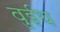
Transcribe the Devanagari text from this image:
वुईथ